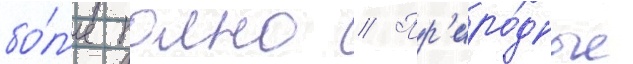
бо́л'ее полно // Пр'иро́дные